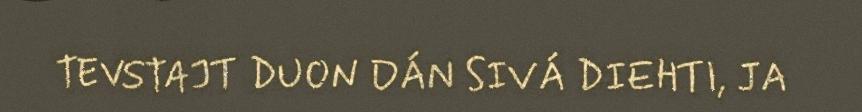
TEVSTAJT DUON DÁN SIVÁ DIEHTI, JA